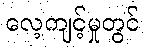
လေ့ကျင့်မှုတွင်